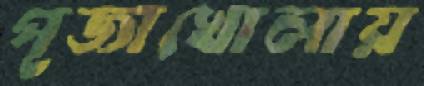
পূজাখোলায়